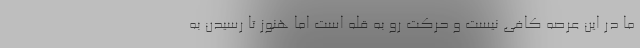
ما در این عرصه کافی نیست و حرکت رو به قله است اما هنوز تا رسیدن به